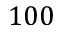
1 0 0